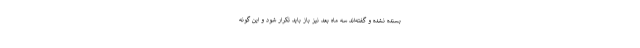
بسنده نشده و گفته‌اند سه ماه بعد نیز باز باید تکرار شود و این گونه